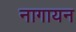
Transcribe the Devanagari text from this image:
नागायन